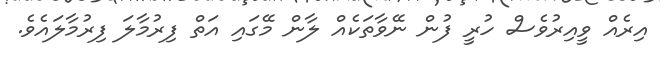
އިރެއް ވީއިރުވެސް ހުރީ ފުން ނޭވާތަކެއް ލާން މޭގައި އަތް ފިރުމާލަ ފިރުމާލައެވެ.